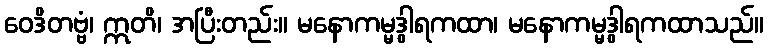
ဝေဒိတဗ္ဗံ၊ ဣတိ၊ အပြီးတည်း။ မနောကမ္မဒွါရကထာ၊ မနောကမ္မဒွါရကထာသည်။